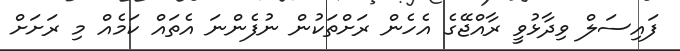
ފައިސަލް ވިދާޅުވީ ރާއްޖޭގެ އެހެން ރަށްތަކުން ނުފެންނަ އެތައް ކަމެއް މި ރަށަށް